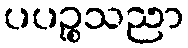
ပပဉ္စသညာ